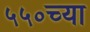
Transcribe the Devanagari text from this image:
५५०च्या